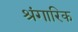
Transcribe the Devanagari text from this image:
श्रंगारिक